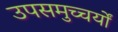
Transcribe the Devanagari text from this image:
उपसमुच्चर्यों